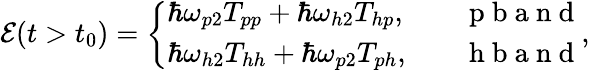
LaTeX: \begin{array}{r}{{\cal E}(t>t_{0})=\left\{ \begin{array}{ll}{\hbar\omega_{p2}T_{pp}+\hbar\omega_{h2}T_{hp},}&{\quad\mathrm{~p~b~a~n~d~}}\\ {\hbar\omega_{h2}T_{hh}+\hbar\omega_{p2}T_{ph},}&{\quad\mathrm{~h~b~a~n~d~}}\end{array}\right.,}\end{array}